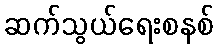
ဆက်သွယ်ရေးစနစ်